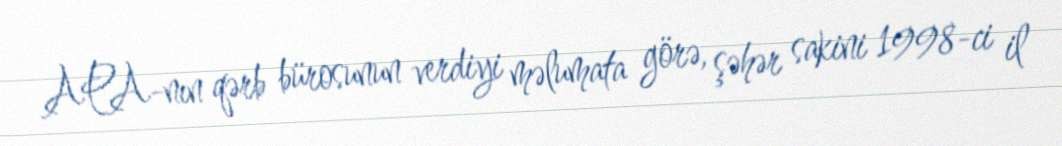
APA-nın qərb bürosunun verdiyi məlumata görə, şəhər sakini 1998-ci il